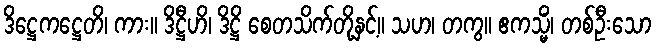
ဒိဋ္ဌေကဋ္ဌေတိ၊ ကား။ ဒိဋ္ဌီဟိ၊ ဒိဋ္ဌိ စေတသိက်တို့နှင့်။ သဟ၊ တကွ။ ဧကသ္မိံ၊ တစ်ဦးသော